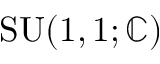
\operatorname { S U } ( 1 , 1 ; \mathbb { C } )